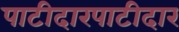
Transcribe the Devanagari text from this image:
पाटीदारपाटीदार